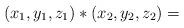
LaTeX: \begin{align*} (x_1,y_1,z_1) \ast (x_2,y_2,z_2)= \end{align*}